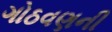
ગોઠવણની